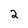
Character: 2